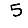
Digit: 5